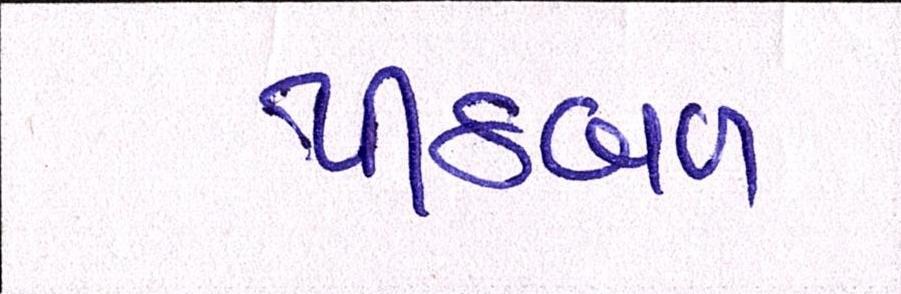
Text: પીઠબળ